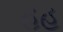
હહ